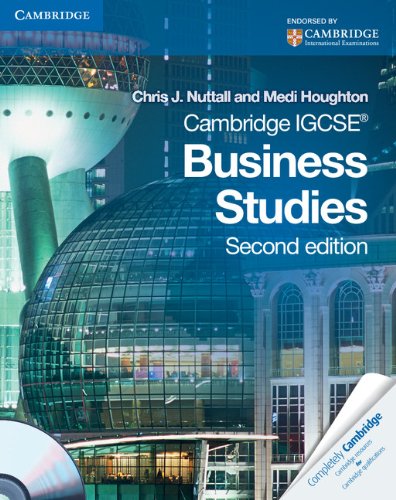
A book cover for Cambridge IGCSE Business Studies Coursebook with CD-ROM (Cambridge International Examinations); Chris J. Nuttall; Children's Books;